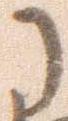
に